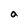
Character: a